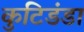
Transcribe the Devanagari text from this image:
कुटिडंडा